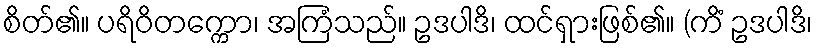
စိတ်၏။ ပရိဝိတက္ကော၊ အကြံသည်။ ဥဒပါဒိ၊ ထင်ရှားဖြစ်၏။ (ကိံ ဥဒပါဒိ၊